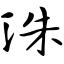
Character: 洙